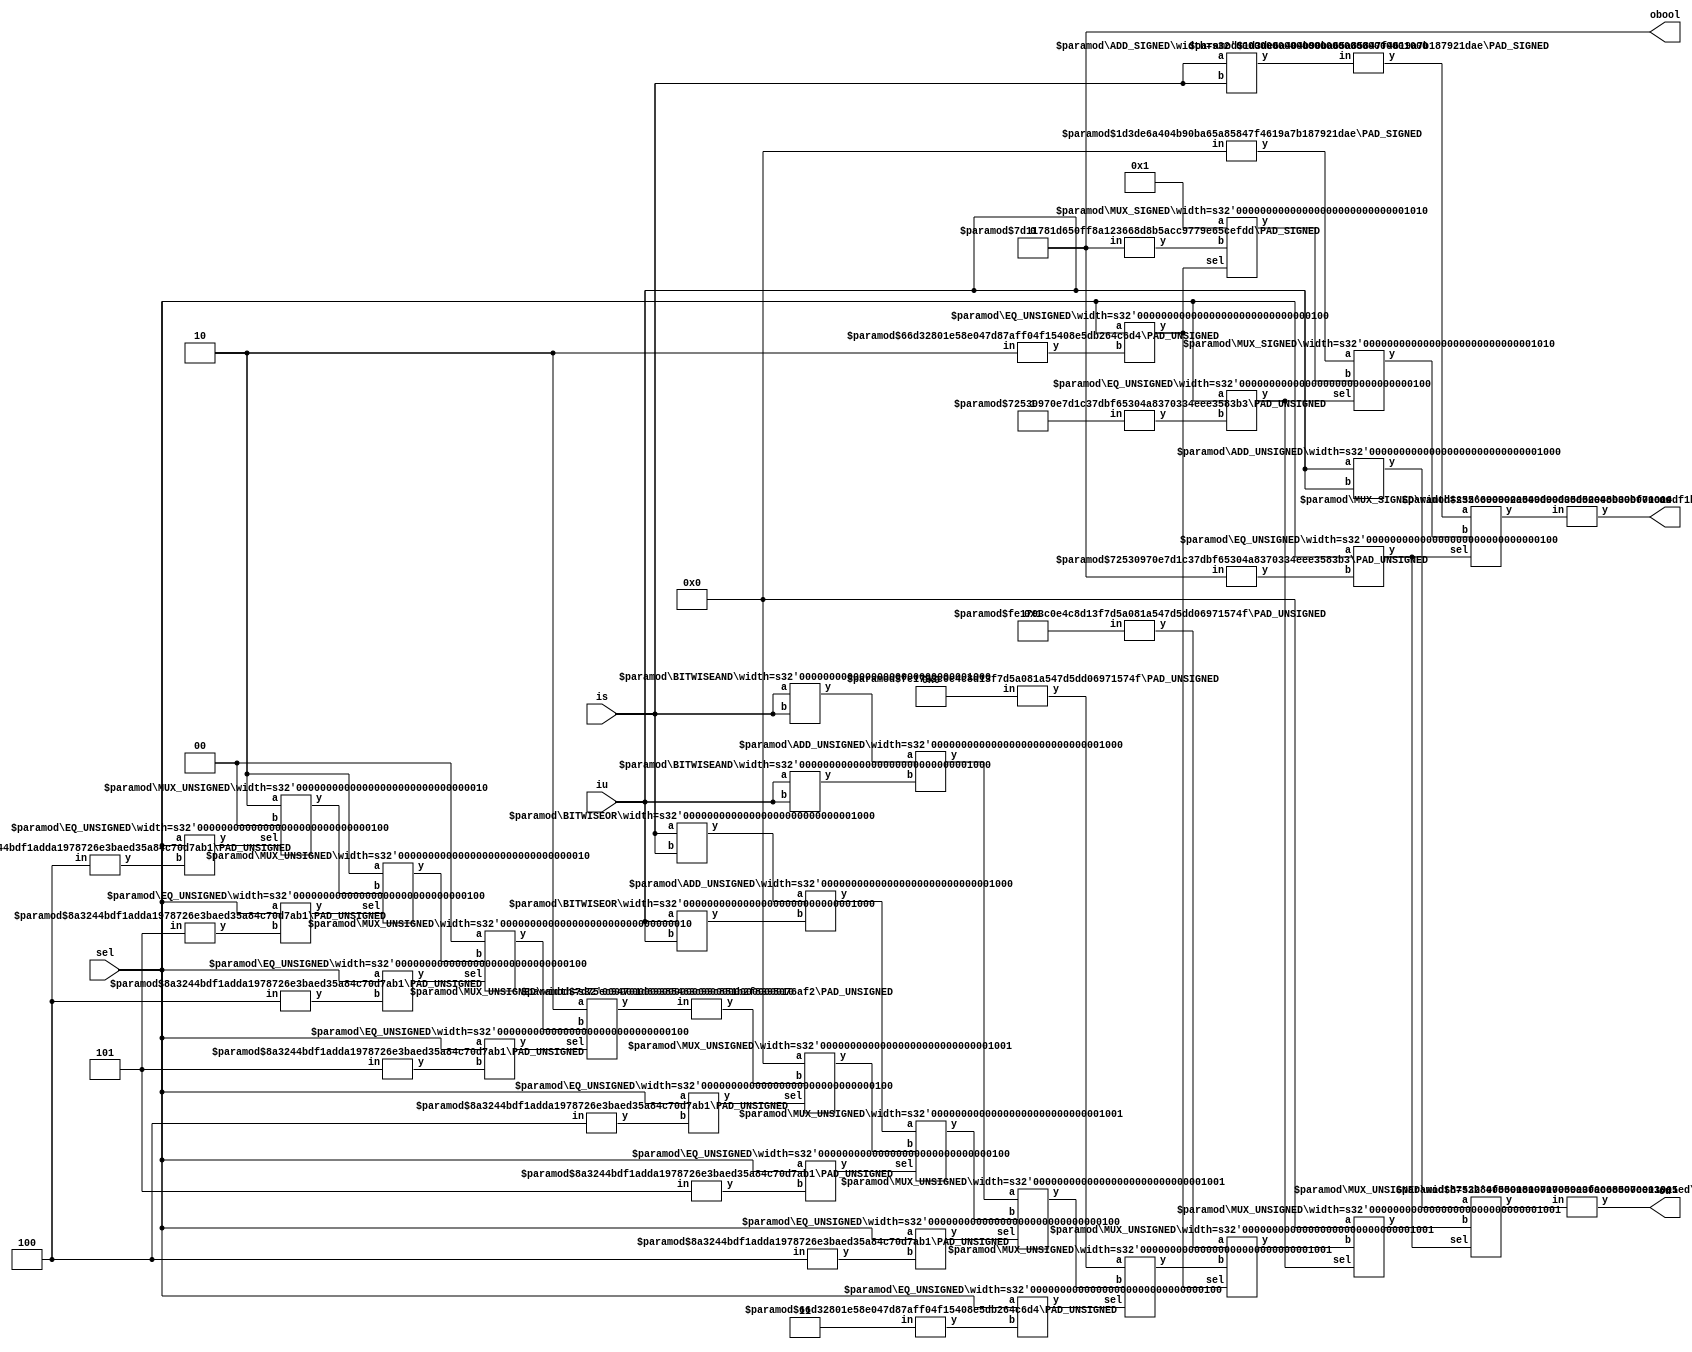
module Ops(
    input [3:0] sel,
    input [7:0] is,
    input [7:0] iu,
    output [13:0] os,
    output [12:0] ou,
    output obool
);
    wire [7:0] _node_0;
    BITWISEAND #(.width(8)) bitwiseand_1 (
        .y(_node_0),
        .a(is),
        .b(is)
    );
    wire [7:0] _node_1;
    BITWISEAND #(.width(8)) bitwiseand_2 (
        .y(_node_1),
        .a(iu),
        .b(iu)
    );
    wire [7:0] _node_2;
    BITWISEOR #(.width(8)) bitwiseor_3 (
        .y(_node_2),
        .a(is),
        .b(is)
    );
    wire [7:0] _node_3;
    BITWISEOR #(.width(8)) bitwiseor_4 (
        .y(_node_3),
        .a(iu),
        .b(iu)
    );
    wire _node_4;
    wire [3:0] _WTEMP_0;
    PAD_UNSIGNED #(.width(3), .n(4)) u_pad_5 (
        .y(_WTEMP_0),
        .in(3'd5)
    );
    EQ_UNSIGNED #(.width(4)) u_eq_6 (
        .y(_node_4),
        .a(sel),
        .b(_WTEMP_0)
    );
    wire _node_5;
    wire [3:0] _WTEMP_1;
    PAD_UNSIGNED #(.width(3), .n(4)) u_pad_7 (
        .y(_WTEMP_1),
        .in(3'd4)
    );
    EQ_UNSIGNED #(.width(4)) u_eq_8 (
        .y(_node_5),
        .a(sel),
        .b(_WTEMP_1)
    );
    wire _node_6;
    wire [3:0] _WTEMP_2;
    PAD_UNSIGNED #(.width(3), .n(4)) u_pad_9 (
        .y(_WTEMP_2),
        .in(3'd5)
    );
    EQ_UNSIGNED #(.width(4)) u_eq_10 (
        .y(_node_6),
        .a(sel),
        .b(_WTEMP_2)
    );
    wire [1:0] _node_7;
    MUX_UNSIGNED #(.width(2)) u_mux_11 (
        .y(_node_7),
        .sel(_node_5),
        .a(2'h2),
        .b(2'h0)
    );
    wire _node_8;
    wire [3:0] _WTEMP_3;
    PAD_UNSIGNED #(.width(3), .n(4)) u_pad_12 (
        .y(_WTEMP_3),
        .in(3'd4)
    );
    EQ_UNSIGNED #(.width(4)) u_eq_13 (
        .y(_node_8),
        .a(sel),
        .b(_WTEMP_3)
    );
    wire [1:0] _node_9;
    MUX_UNSIGNED #(.width(2)) u_mux_14 (
        .y(_node_9),
        .sel(_node_6),
        .a(2'h2),
        .b(_node_7)
    );
    wire _node_10;
    wire [3:0] _WTEMP_4;
    PAD_UNSIGNED #(.width(3), .n(4)) u_pad_15 (
        .y(_WTEMP_4),
        .in(3'd5)
    );
    EQ_UNSIGNED #(.width(4)) u_eq_16 (
        .y(_node_10),
        .a(sel),
        .b(_WTEMP_4)
    );
    wire [1:0] _node_11;
    MUX_UNSIGNED #(.width(2)) u_mux_17 (
        .y(_node_11),
        .sel(_node_8),
        .a(2'h0),
        .b(_node_9)
    );
    wire _node_12;
    wire [3:0] _WTEMP_5;
    PAD_UNSIGNED #(.width(3), .n(4)) u_pad_18 (
        .y(_WTEMP_5),
        .in(3'd4)
    );
    EQ_UNSIGNED #(.width(4)) u_eq_19 (
        .y(_node_12),
        .a(sel),
        .b(_WTEMP_5)
    );
    wire [1:0] _node_13;
    MUX_UNSIGNED #(.width(2)) u_mux_20 (
        .y(_node_13),
        .sel(_node_10),
        .a(2'h2),
        .b(_node_11)
    );
    wire _node_14;
    wire [3:0] _WTEMP_6;
    PAD_UNSIGNED #(.width(3), .n(4)) u_pad_21 (
        .y(_WTEMP_6),
        .in(3'd5)
    );
    EQ_UNSIGNED #(.width(4)) u_eq_22 (
        .y(_node_14),
        .a(sel),
        .b(_WTEMP_6)
    );
    wire [8:0] _node_15;
    ADD_UNSIGNED #(.width(8)) u_add_23 (
        .y(_node_15),
        .a(_node_2),
        .b(_node_3)
    );
    wire [8:0] _node_16;
    wire [8:0] _WTEMP_7;
    PAD_UNSIGNED #(.width(2), .n(9)) u_pad_24 (
        .y(_WTEMP_7),
        .in(_node_13)
    );
    MUX_UNSIGNED #(.width(9)) u_mux_25 (
        .y(_node_16),
        .sel(_node_12),
        .a(9'h0),
        .b(_WTEMP_7)
    );
    wire _node_17;
    wire [3:0] _WTEMP_8;
    PAD_UNSIGNED #(.width(3), .n(4)) u_pad_26 (
        .y(_WTEMP_8),
        .in(3'd4)
    );
    EQ_UNSIGNED #(.width(4)) u_eq_27 (
        .y(_node_17),
        .a(sel),
        .b(_WTEMP_8)
    );
    wire [8:0] _node_18;
    ADD_UNSIGNED #(.width(8)) u_add_28 (
        .y(_node_18),
        .a(_node_0),
        .b(_node_1)
    );
    wire [8:0] _node_19;
    MUX_UNSIGNED #(.width(9)) u_mux_29 (
        .y(_node_19),
        .sel(_node_14),
        .a(_node_15),
        .b(_node_16)
    );
    wire _node_20;
    wire [3:0] _WTEMP_9;
    PAD_UNSIGNED #(.width(2), .n(4)) u_pad_30 (
        .y(_WTEMP_9),
        .in(2'd3)
    );
    EQ_UNSIGNED #(.width(4)) u_eq_31 (
        .y(_node_20),
        .a(sel),
        .b(_WTEMP_9)
    );
    wire [8:0] _node_21;
    MUX_UNSIGNED #(.width(9)) u_mux_32 (
        .y(_node_21),
        .sel(_node_17),
        .a(_node_18),
        .b(_node_19)
    );
    wire _node_22;
    wire [3:0] _WTEMP_10;
    PAD_UNSIGNED #(.width(2), .n(4)) u_pad_33 (
        .y(_WTEMP_10),
        .in(2'd2)
    );
    EQ_UNSIGNED #(.width(4)) u_eq_34 (
        .y(_node_22),
        .a(sel),
        .b(_WTEMP_10)
    );
    wire [8:0] _node_23;
    wire [8:0] _WTEMP_11;
    PAD_UNSIGNED #(.width(8), .n(9)) u_pad_35 (
        .y(_WTEMP_11),
        .in(8'h0)
    );
    MUX_UNSIGNED #(.width(9)) u_mux_36 (
        .y(_node_23),
        .sel(_node_20),
        .a(_WTEMP_11),
        .b(_node_21)
    );
    wire _node_24;
    wire [3:0] _WTEMP_12;
    PAD_UNSIGNED #(.width(1), .n(4)) u_pad_37 (
        .y(_WTEMP_12),
        .in(1'd1)
    );
    EQ_UNSIGNED #(.width(4)) u_eq_38 (
        .y(_node_24),
        .a(sel),
        .b(_WTEMP_12)
    );
    wire [9:0] _node_25;
    wire [9:0] _WTEMP_13;
    PAD_SIGNED #(.width(1), .n(10)) s_pad_39 (
        .y(_WTEMP_13),
        .in(1'sh0)
    );
    MUX_SIGNED #(.width(10)) s_mux_40 (
        .y(_node_25),
        .sel(_node_22),
        .a(10'sh1),
        .b(_WTEMP_13)
    );
    wire [8:0] _node_26;
    wire [8:0] _WTEMP_14;
    PAD_UNSIGNED #(.width(8), .n(9)) u_pad_41 (
        .y(_WTEMP_14),
        .in(8'h1)
    );
    MUX_UNSIGNED #(.width(9)) u_mux_42 (
        .y(_node_26),
        .sel(_node_22),
        .a(_WTEMP_14),
        .b(_node_23)
    );
    wire _node_27;
    wire [3:0] _WTEMP_15;
    PAD_UNSIGNED #(.width(1), .n(4)) u_pad_43 (
        .y(_WTEMP_15),
        .in(1'd0)
    );
    EQ_UNSIGNED #(.width(4)) u_eq_44 (
        .y(_node_27),
        .a(sel),
        .b(_WTEMP_15)
    );
    wire [8:0] _node_28;
    ADD_SIGNED #(.width(8)) s_add_45 (
        .y(_node_28),
        .a(is),
        .b(is)
    );
    wire [9:0] _node_29;
    wire [9:0] _WTEMP_16;
    PAD_SIGNED #(.width(9), .n(10)) s_pad_46 (
        .y(_WTEMP_16),
        .in(9'sh0)
    );
    MUX_SIGNED #(.width(10)) s_mux_47 (
        .y(_node_29),
        .sel(_node_24),
        .a(_WTEMP_16),
        .b(_node_25)
    );
    wire [8:0] _node_30;
    ADD_UNSIGNED #(.width(8)) u_add_48 (
        .y(_node_30),
        .a(iu),
        .b(iu)
    );
    wire [8:0] _node_31;
    MUX_UNSIGNED #(.width(9)) u_mux_49 (
        .y(_node_31),
        .sel(_node_24),
        .a(9'h0),
        .b(_node_26)
    );
    assign obool = 1'h0;
    wire [9:0] _WTEMP_17;
    PAD_SIGNED #(.width(10), .n(14)) s_pad_50 (
        .y(os),
        .in(_WTEMP_17)
    );
    wire [9:0] _WTEMP_18;
    PAD_SIGNED #(.width(9), .n(10)) s_pad_51 (
        .y(_WTEMP_18),
        .in(_node_28)
    );
    MUX_SIGNED #(.width(10)) s_mux_52 (
        .y(_WTEMP_17),
        .sel(_node_27),
        .a(_WTEMP_18),
        .b(_node_29)
    );
    wire [8:0] _WTEMP_19;
    PAD_UNSIGNED #(.width(9), .n(13)) u_pad_53 (
        .y(ou),
        .in(_WTEMP_19)
    );
    MUX_UNSIGNED #(.width(9)) u_mux_54 (
        .y(_WTEMP_19),
        .sel(_node_27),
        .a(_node_30),
        .b(_node_31)
    );
endmodule //Ops
module BITWISEAND(y, a, b);
    parameter width = 4;
    output [width-1:0] y;
    input [width-1:0] a;
    input [width-1:0] b;
    assign y = a & b;
endmodule // BITWISEAND
module BITWISEOR(y, a, b);
    parameter width = 4;
    output [width-1:0] y;
    input [width-1:0] a;
    input [width-1:0] b;
    assign y = a | b;
endmodule // BITWISEOR
module PAD_UNSIGNED(y, in);
    parameter width = 4;
    parameter n = 4;
    output [(n > width ? n : width)-1:0] y;
    input [width-1:0] in;
    assign y = (n > width) ? {{(n - width){1'b0}}, in} : in;
endmodule // PAD_UNSIGNED
module EQ_UNSIGNED(y, a, b);
    parameter width = 4;
    output y;
    input [width-1:0] a;
    input [width-1:0] b;
    assign y = a == b;
endmodule // EQ_UNSIGNED
module MUX_UNSIGNED(y, sel, a, b);
    parameter width = 4;
    output [width-1:0] y;
    input sel;
    input [width-1:0] a;
    input [width-1:0] b;
    assign y = sel ? a : b;
endmodule // MUX_UNSIGNED
module ADD_UNSIGNED(y, a, b);
    parameter width = 4;
    output [width:0] y;
    input [width-1:0] a;
    input [width-1:0] b;
    assign y = a + b;
endmodule // ADD_UNSIGNED
module PAD_SIGNED(y, in);
    parameter width = 4;
    parameter n = 4;
    output [(n > width ? n : width)-1:0] y;
    input [width-1:0] in;
    assign y = n > width ? {{(n - width){in[width-1]}}, in} : in;
endmodule // PAD_SIGNED
module MUX_SIGNED(y, sel, a, b);
    parameter width = 4;
    output [width-1:0] y;
    input sel;
    input [width-1:0] a;
    input [width-1:0] b;
    assign y = sel ? $signed(a) : $signed(b);
endmodule // MUX_SIGNED
module ADD_SIGNED(y, a, b);
    parameter width = 4;
    output [width:0] y;
    input [width-1:0] a;
    input [width-1:0] b;
    assign y = $signed(a) + $signed(b);
endmodule // ADD_SIGNED